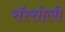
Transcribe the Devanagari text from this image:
रॉस्सोली